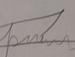
Signature authenticity: forged